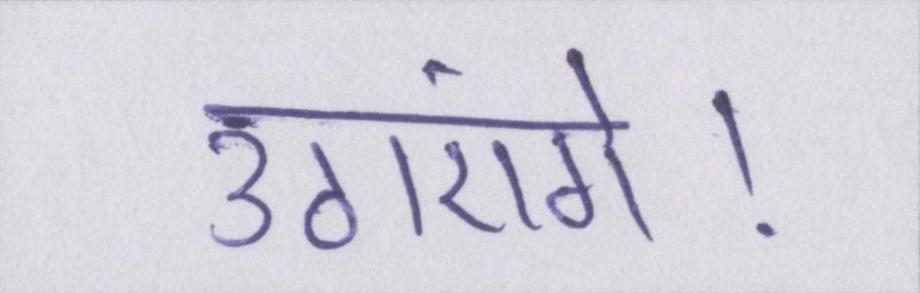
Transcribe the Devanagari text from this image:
उठाएंगे।